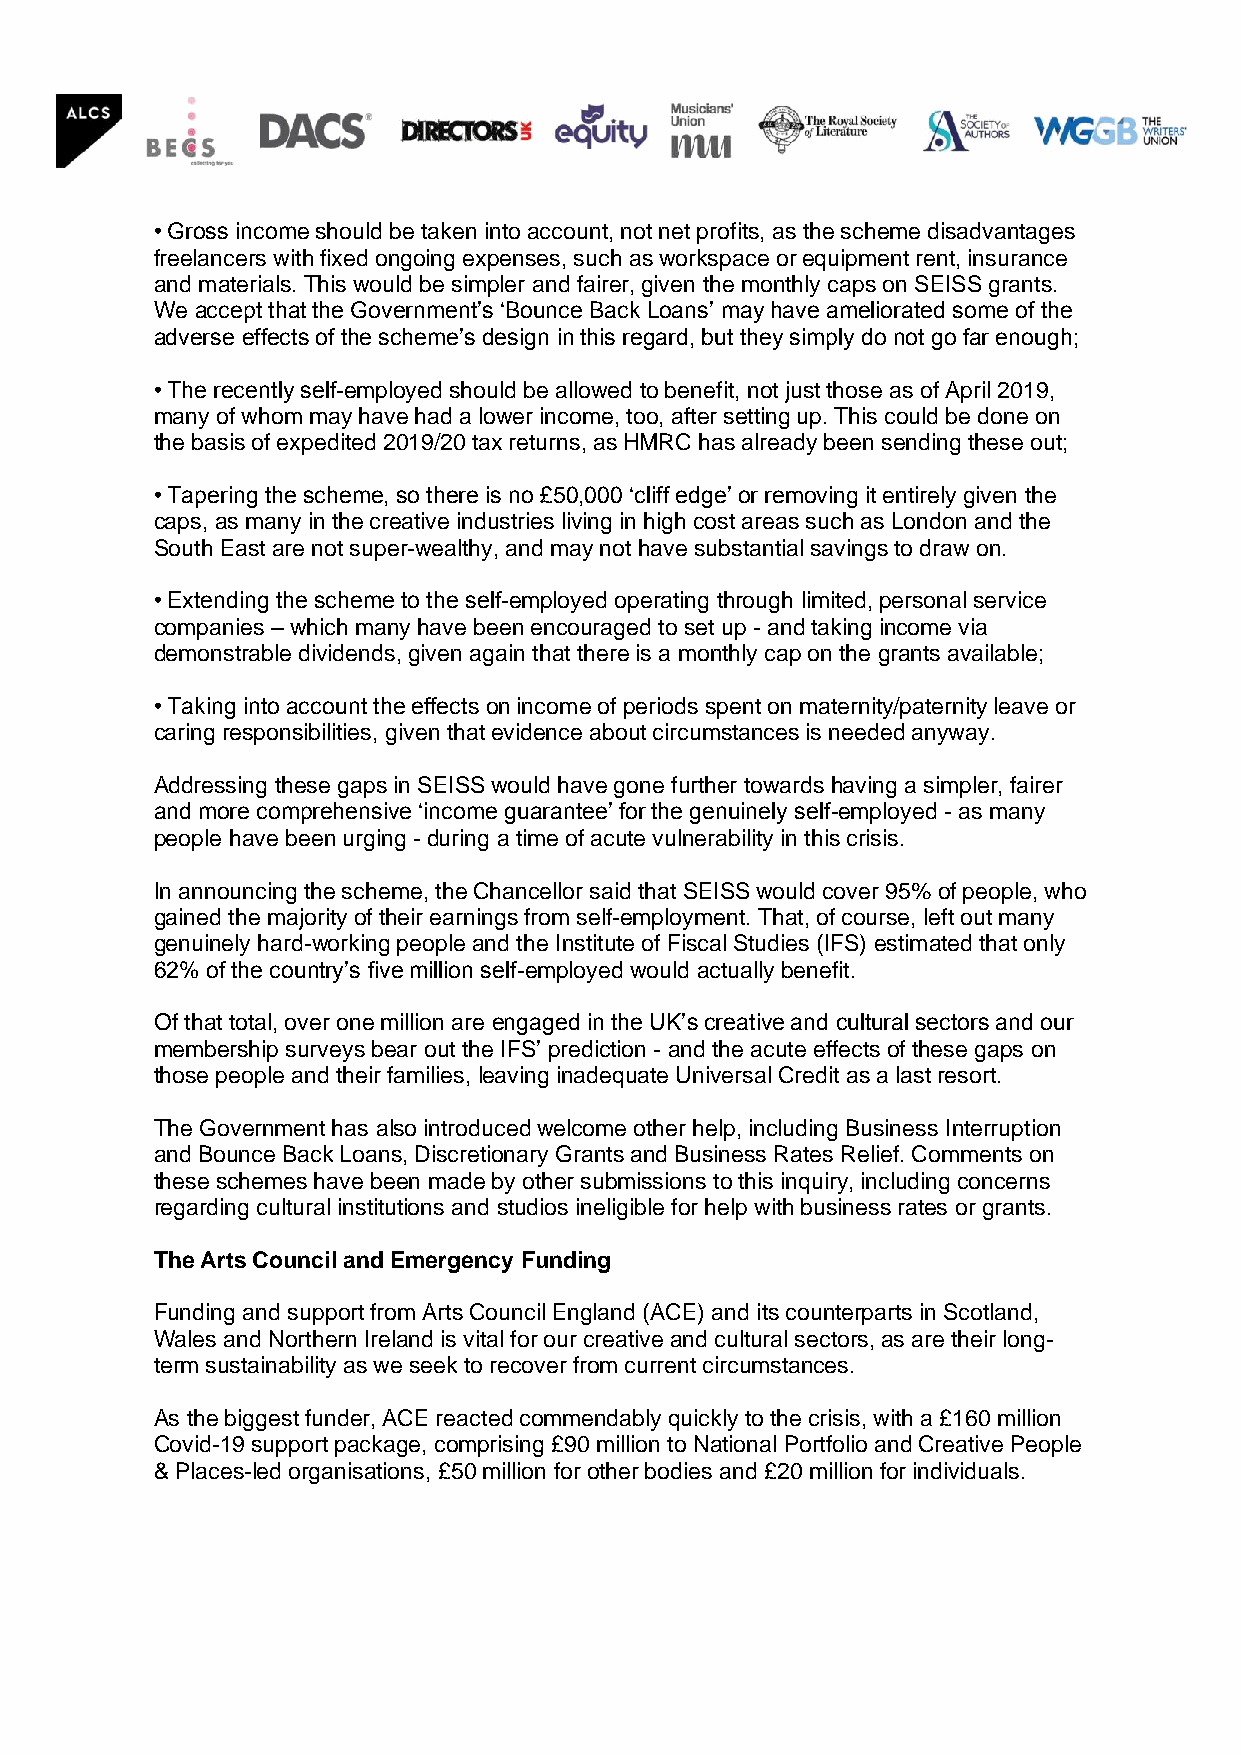
• Gross income should be taken into account, not net profits, as the scheme disadvantages
 freelancers with fixed ongoing expenses, such as workspace or equipment rent, insurance
 and materials. This would be simpler and fairer, given the monthly caps on SEISS grants.
 We accept that the Government’s ‘Bounce Back Loans’ may have ameliorated some of the
 adverse effects of the scheme’s design in this regard, but they simply do not go far enough;
 • The recently self-employed should be allowed to benefit, not just those as of April 2019,
 many of whom may have had a lower income, too, after setting up. This could be done on
 the basis of expedited 2019/20 tax returns, as HMRC has already been sending these out;
 • Tapering the scheme, so there is no £50,000 ‘cliff edge’ or removing it entirely given the
 caps, as many in the creative industries living in high cost areas such as London and the
 South East are not super-wealthy, and may not have substantial savings to draw on.
 • Extending the scheme to the self-employed operating through limited, personal service
 companies – which many have been encouraged to set up - and taking income via
 demonstrable dividends, given again that there is a monthly cap on the grants available;
 • Taking into account the effects on income of periods spent on maternity/paternity leave or
 caring responsibilities, given that evidence about circumstances is needed anyway.
 Addressing these gaps in SEISS would have gone further towards having a simpler, fairer
 and more comprehensive ‘income guarantee’ for the genuinely self-employed - as many
 people have been urging - during a time of acute vulnerability in this crisis.
 In announcing the scheme, the Chancellor said that SEISS would cover 95% of people, who
 gained the majority of their earnings from self-employment. That, of course, left out many
 genuinely hard-working people and the Institute of Fiscal Studies (IFS) estimated that only
 62% of the country’s five million self-employed would actually benefit.
 Of that total, over one million are engaged in the UK’s creative and cultural sectors and our
 membership surveys bear out the IFS’ prediction - and the acute effects of these gaps on
 those people and their families, leaving inadequate Universal Credit as a last resort.
 The Government has also introduced welcome other help, including Business Interruption
 and Bounce Back Loans, Discretionary Grants and Business Rates Relief. Comments on
 these schemes have been made by other submissions to this inquiry, including concerns
 regarding cultural institutions and studios ineligible for help with business rates or grants.
 The Arts Council and Emergency Funding
 Funding and support from Arts Council England (ACE) and its counterparts in Scotland,
 Wales and Northern Ireland is vital for our creative and cultural sectors, as are their long-
 term sustainability as we seek to recover from current circumstances.
 As the biggest funder, ACE reacted commendably quickly to the crisis, with a £160 million
 Covid-19 support package, comprising £90 million to National Portfolio and Creative People
 & Places-led organisations, £50 million for other bodies and £20 million for individuals.